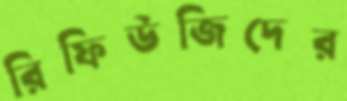
রিফিউজিদের